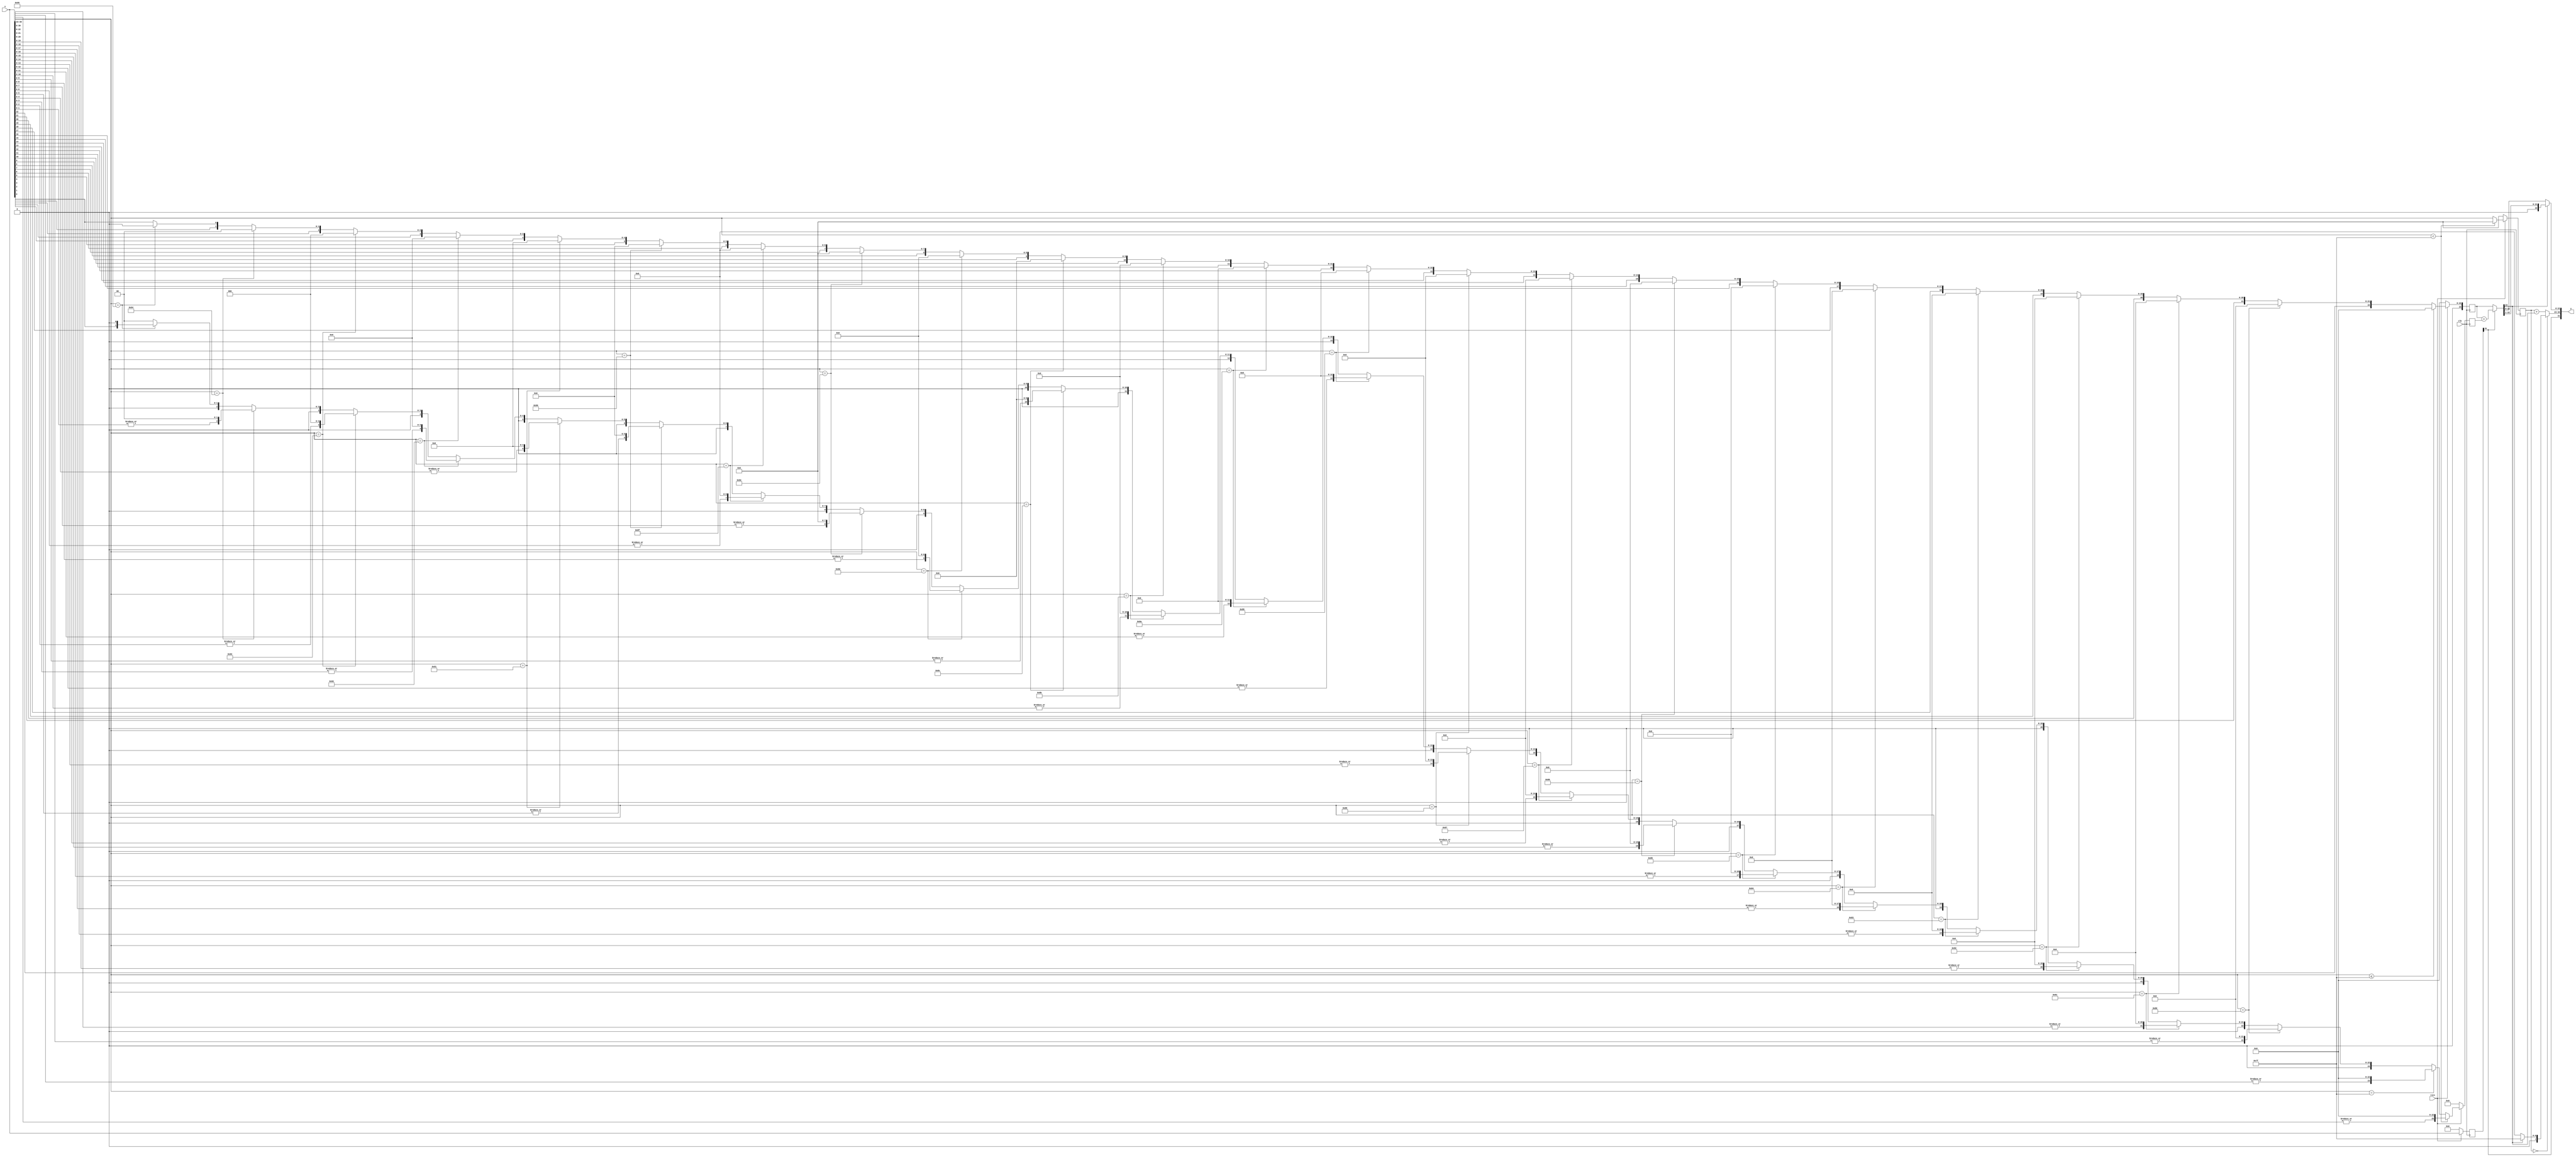
`default_nettype none
module floor #(parameter NSTAGE = 1)(
    input wire [31:0] x,
    output wire [31:0] y,
    input wire clk,
    input wire rstn);

// stage = 0 (x -> s, mni, restbit, xep)

wire s = x[31];
wire [7:0] e = x[30:23];
wire [22:0] m = x[22:0];

wire [23:0] mni =   (e <= 8'b01111111) ? 24'b0 :
                    (e == 8'b10000000) ? {1'b0, m[22], 22'b0} :
                    (e == 8'b10000001) ? {1'b0, m[22:21], 21'b0} :
                    (e == 8'b10000010) ? {1'b0, m[22:20], 20'b0} :
                    (e == 8'b10000011) ? {1'b0, m[22:19], 19'b0} :
                    (e == 8'b10000100) ? {1'b0, m[22:18], 18'b0} :
                    (e == 8'b10000101) ? {1'b0, m[22:17], 17'b0} :
                    (e == 8'b10000110) ? {1'b0, m[22:16], 16'b0} :
                    (e == 8'b10000111) ? {1'b0, m[22:15], 15'b0} :
                    (e == 8'b10001000) ? {1'b0, m[22:14], 14'b0} :
                    (e == 8'b10001001) ? {1'b0, m[22:13], 13'b0} :
                    (e == 8'b10001010) ? {1'b0, m[22:12], 12'b0} :
                    (e == 8'b10001011) ? {1'b0, m[22:11], 11'b0} :
                    (e == 8'b10001100) ? {1'b0, m[22:10], 10'b0} :
                    (e == 8'b10001101) ? {1'b0, m[22:9], 9'b0} :
                    (e == 8'b10001110) ? {1'b0, m[22:8], 8'b0} :
                    (e == 8'b10001111) ? {1'b0, m[22:7], 7'b0} :
                    (e == 8'b10010000) ? {1'b0, m[22:6], 6'b0} :
                    (e == 8'b10010001) ? {1'b0, m[22:5], 5'b0} :
                    (e == 8'b10010010) ? {1'b0, m[22:4], 4'b0} :
                    (e == 8'b10010011) ? {1'b0, m[22:3], 3'b0} :
                    (e == 8'b10010100) ? {1'b0, m[22:2], 2'b0} :
                    (e == 8'b10010101) ? {1'b0, m[22:1], 1'b0} : {1'b0, m};

wire [23:0] restbit =   (e < 8'b01111111) ? {|(x[30:0]), 23'b0} :
                        (e == 8'b01111111) ? {|(m[22:0]), 23'b0} :
                        (e == 8'b10000000) ? {1'b0, |(m[21:0]), 22'b0} :
                        (e == 8'b10000001) ? {2'b0, |(m[20:0]), 21'b0} :
                        (e == 8'b10000010) ? {3'b0, |(m[19:0]), 20'b0} :
                        (e == 8'b10000011) ? {4'b0, |(m[18:0]), 19'b0} :
                        (e == 8'b10000100) ? {5'b0, |(m[17:0]), 18'b0} :
                        (e == 8'b10000101) ? {6'b0, |(m[16:0]), 17'b0} :
                        (e == 8'b10000110) ? {7'b0, |(m[15:0]), 16'b0} :
                        (e == 8'b10000111) ? {8'b0, |(m[14:0]), 15'b0} :
                        (e == 8'b10001000) ? {9'b0, |(m[13:0]), 14'b0} :
                        (e == 8'b10001001) ? {10'b0, |(m[12:0]), 13'b0} :
                        (e == 8'b10001010) ? {11'b0, |(m[11:0]), 12'b0} :
                        (e == 8'b10001011) ? {12'b0, |(m[10:0]), 11'b0} :
                        (e == 8'b10001100) ? {13'b0, |(m[9:0]), 10'b0} :
                        (e == 8'b10001101) ? {14'b0, |(m[8:0]), 9'b0} :
                        (e == 8'b10001110) ? {15'b0, |(m[7:0]), 8'b0} :
                        (e == 8'b10001111) ? {16'b0, |(m[6:0]), 7'b0} :
                        (e == 8'b10010000) ? {17'b0, |(m[5:0]), 6'b0} :
                        (e == 8'b10010001) ? {18'b0, |(m[4:0]), 5'b0} :
                        (e == 8'b10010010) ? {19'b0, |(m[3:0]), 4'b0} :
                        (e == 8'b10010011) ? {20'b0, |(m[2:0]), 3'b0} :
                        (e == 8'b10010100) ? {21'b0, |(m[1:0]), 2'b0} :
                        (e == 8'b10010101) ? {22'b0, m[0], 1'b0} : 24'b0;

wire [7:0] xep = (e < 8'b01111111) ? 8'b0 : e;

// stage = 1 (mnir, restbitr, xepr -> y)

reg [31:0] xr;
reg [31:0] mnir;
reg [23:0] restbitr;
reg [7:0] xepr;

wire ys = xr[31];

wire [23:0] mp = (ys) ? mnir + restbitr : mnir;

wire [8:0] ep = (xepr == 8'b0) ? ((mp[23]) ? 9'b001111111 : 9'b000000000) : xepr + mp[23];

wire [7:0] ye = ep[7:0];
wire [22:0] ym = (mp[23]) ? {1'b0, mp[22:1]} : mp[22:0];

always @(posedge clk) begin
    if(~rstn) begin
        xr <= 'b0;
        mnir <= 'b0;
        restbitr <= 'b0;
        xepr <= 'b0;
    end else begin
        xr <= x;
        mnir <= mni;
        restbitr <= restbit;
        xepr <= xep;
    end
end

assign y = {ys, ye, ym};

endmodule
`default_nettype wire